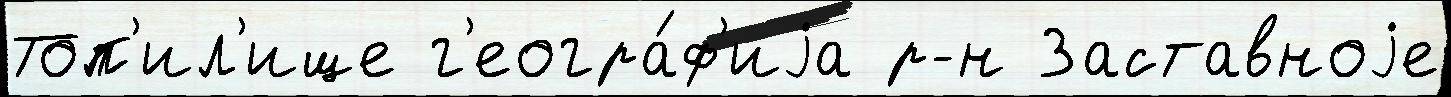
Топ'ил'ище г'еогра́ф'иjа р-н Заставноjе